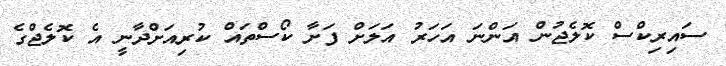
ސައިރިކްސް ކޮލެޖުން އަންނަ އަހަރު އަލަށް ފަށާ ކޯސްތައް ކުރިއަށްދާނީ އެ ކޮލެޖްގެ